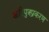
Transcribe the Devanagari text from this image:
शरिपुत्रप्रकरण